Scottish Leaving Certificate Examination, 1960
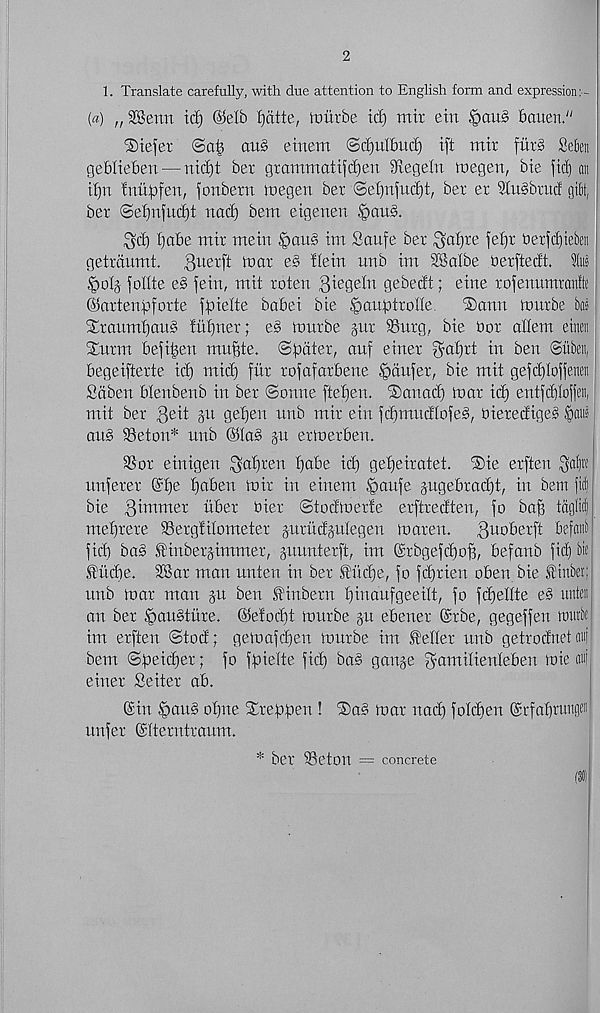
2
1. Translate carefully, with due attention to English form and expression : -
(a) „ SBenn id) (Mb ijdtte, routbe id) mit ein §au^ bauen."
iDiefer
oti§ einem ©d)ulbud) ift mit fitrg Sebeti
geblieben — nid)t bet gtammatifd)en Slegeln megen, bie fief) an
ifjn initpfen, fonbern loegen bet @ef)nfud)t, bet et 3lu§btucf gifit,
bet ®ef)n(ud)t nad) bem eigenen ^)avi§.
^d) fjabe mit mein
im Saufe bet ^of)re fei)t betfd)tebeii
gettdumt. B lter fi baat e§ ilein unb im 2Baibe berftedt.
|)oIj follte e§> fein, mit toten giegeln gebedt; eine tofemtmraitffe
©attenpfotte ffaielte babei bie Maubtfode
®ann mutbe bos
SLraumt)au§ tufjner; eg mnrbe jut 9Sutg, bie bot diem einen
STutm befi^en mu^te. (Bpdiex, auf etnet $d)tt in ben Siiben,
begeiftette id) mid) fiit tofafotbene §dnfet, bie mit gefdjloffenen
Sdben blenbenb in bet ©onne fteljen. iSanod) mat id) entfdjloffeit,
mit bet Qeit ju gef)en unb mit ein fdfmudtofeg, bietedigeg §aiii'
aid 23eton* nub ©lag ju etfoetben.
9Sot einigen ^al)ten fjabe id) gefjeitatet. ®ie etften
unfetet ©f)e fjaben mir in einem ijpaufe jngebtadjt, in bem fid)
bie 3'muter liber bier Siodmetfe erftredten, fo ba^ tcigfid)
met)tere SSetgfilometet jutiidjulegen maten.
3 U0 6 ei: fi
fid) bag .ff'inbetjimmet, juunterft, im ©tbgefd)o^, befanb fid) bte
.fiicbe. SBat man nnten in bet Sh'idje, fo fdjtien oben bie Stnbet;
unb mat man ju ben finbetn fjinaufgeeilt, fo fdjellte eg untei
an bet Jpaugtute. ©e!od)t mnrbe ju ebenet ©rbe, gegeffen mttbe
im etften <Stod; gemafcfjen mutbe im Pellet unb getroctnet atii
bem (Sfaeidjer; fo ffuelte fic^ bag ganje 3’bmilienleben mie ad
einet Seitet ab.
©in Ipaug ofjne STteftpen ! ISag mat nad) foldjen ©rfaf)rungl
unfet ©Iterntraum.
bet 95eton = concrete